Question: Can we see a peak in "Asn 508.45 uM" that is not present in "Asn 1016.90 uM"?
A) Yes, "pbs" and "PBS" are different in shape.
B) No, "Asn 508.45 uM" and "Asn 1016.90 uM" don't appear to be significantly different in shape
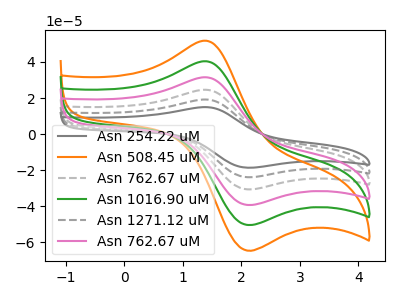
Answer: <think>The gray curve "Asn 254.22 uM" has an anodic peak at (1.35V, 202.10uA) and a cathodic peak at (2.05V, -250.60uA). The orange curve "Asn 508.45 uM" has an anodic peak at (1.35V, 51.85uA) and a cathodic peak at (2.05V, -64.25uA). The gray dashed curve "Asn 762.67 uM" has an anodic peak at (1.35V, 121.25uA) and a cathodic peak at (2.05V, -150.35uA). The green curve "Asn 1016.90 uM" has an anodic peak at (1.35V, 40.40uA) and a cathodic peak at (2.05V, -50.10uA). The gray dashed curve "Asn 1271.12 uM" has an anodic peak at (1.35V, 161.70uA) and a cathodic peak at (2.05V, -200.45uA). The pink curve "Asn 762.67 uM" has an anodic peak at (1.35V, 80.85uA) and a cathodic peak at (2.05V, -100.25uA).
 All the peaks in "Asn 508.45 uM" have a peak in "Asn 1016.90 uM" at the same potential. Every peak in "Asn 508.45 uM" is higher than every peak in "Asn 1016.90 uM".</think>
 <answer>B) No, "Asn 508.45 uM" and "Asn 1016.90 uM" don't appear to be significantly different in shape</answer>
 <eval>B</eval>